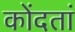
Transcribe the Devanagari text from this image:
कोंदतां